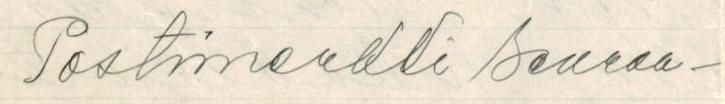
Postimerkki seuraa-